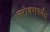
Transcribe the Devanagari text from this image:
सरोवरापर्यंत